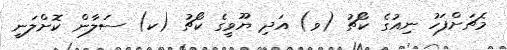
މެޗަށްފަހު ނިއުގެ ކޯޗު (ވ) އަދި ޔޫވީގެ ކޯޗު (ކ) ސަލާން ކޮށްލަނީ